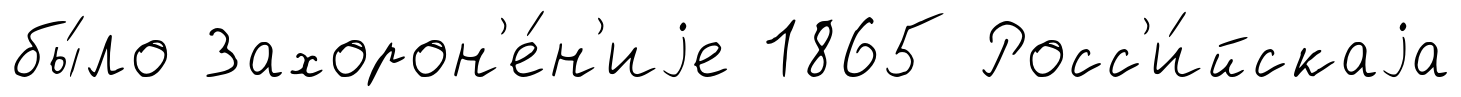
бы́ло Захорон'е́н'иjе 1865 Росс'и́йскаjа